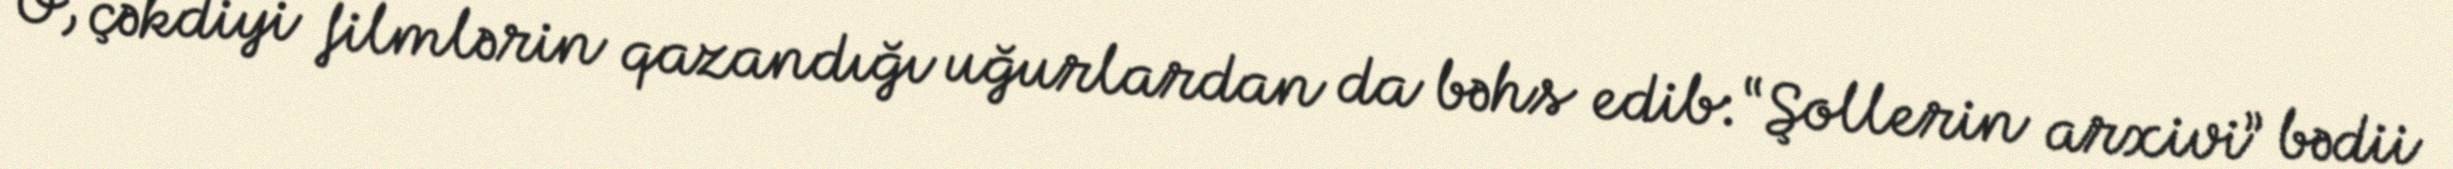
O, çəkdiyi filmlərin qazandığı uğurlardan da bəhs edib: “Şollerin arxivi” bədii